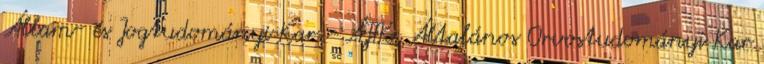
Állam- és Jogtudományi Kar - ÁJTK, Általános Orvostudományi Kar